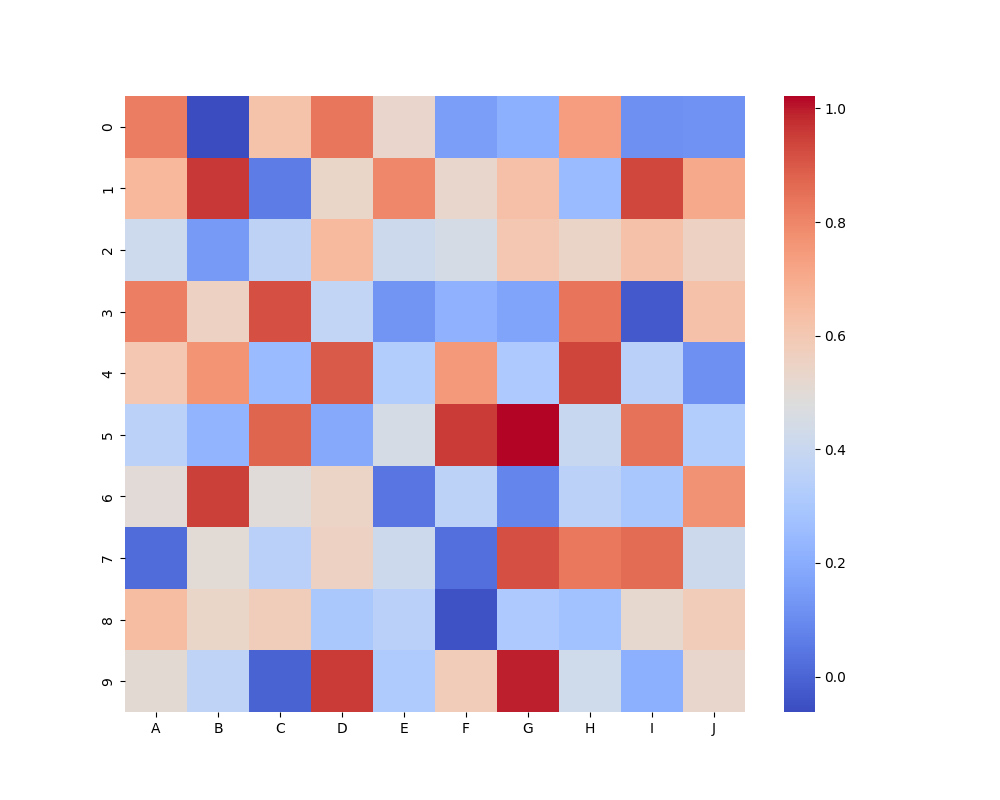
python, seaborn, heatmap, cmap='coolwarm', linewidths=0.0, center=none